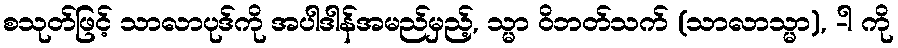
စသုတ်ဖြင့် သာလာပုဒ်ကို အပါဒါန်အမည်မှည့်, သ္မာ ဝိဘတ်သက် (သာလာသ္မာ), -ါ ကို